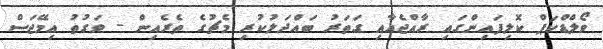
ވޯލްޑްކަޕް ކޮލިފައިންގައި ރާއްޖެއާއި ގަތަރު ބައްދަލުކުރި މެޗުގެ ތެރެއިން - ވަގުތު އިމޭޖަސް